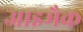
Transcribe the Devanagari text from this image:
आइमैक